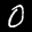
Digit: 0